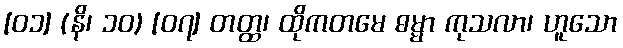
[၀၁] (နိ၊ ၁၀) [၀၇] တတ္ထ၊ ထိုကတမေ ဓမ္မာ ကုသလာ၊ ဟူသော